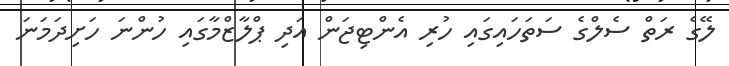
ލޭގެ ރަތް ސެލްގެ ސަތަހައިގައި ހުރި އެންޓިޖަން އަދި ޕްލާޒްމާގައި ހުންނަ ހަށިދަމަނަ